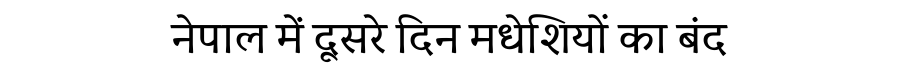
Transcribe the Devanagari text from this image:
नेपाल में दूसरे दिन मधेशियों का बंद